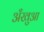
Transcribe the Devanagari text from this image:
अँखुआ